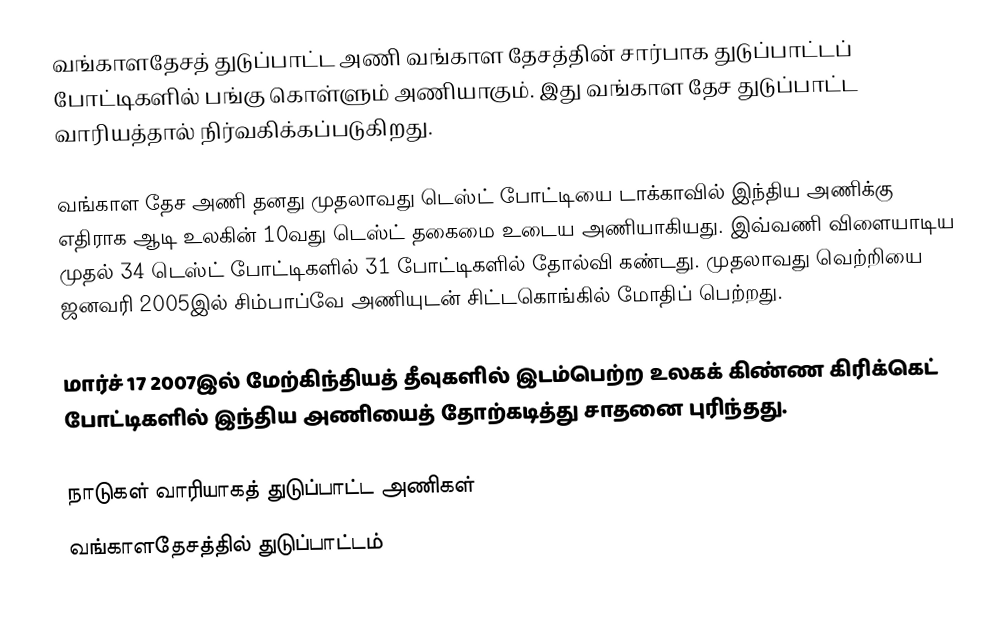
வங்காளதேசத் துடுப்பாட்ட அணி வங்காள தேசத்தின் சார்பாக துடுப்பாட்டப் போட்டிகளில் பங்கு கொள்ளும் அணியாகும். இது வங்காள தேச துடுப்பாட்ட வாரியத்தால் நிர்வகிக்கப்படுகிறது.

வங்காள தேச அணி தனது முதலாவது டெஸ்ட் போட்டியை டாக்காவில் இந்திய அணிக்கு எதிராக ஆடி உலகின் 10வது டெஸ்ட் தகைமை உடைய அணியாகியது. இவ்வணி விளையாடிய முதல் 34 டெஸ்ட் போட்டிகளில் 31 போட்டிகளில் தோல்வி கண்டது. முதலாவது வெற்றியை ஜனவரி 2005இல் சிம்பாப்வே அணியுடன் சிட்டகொங்கில் மோதிப் பெற்றது.

மார்ச் 17 2007இல் மேற்கிந்தியத் தீவுகளில் இடம்பெற்ற உலகக் கிண்ண கிரிக்கெட் போட்டிகளில் இந்திய அணியைத் தோற்கடித்து சாதனை புரிந்தது.

நாடுகள் வாரியாகத் துடுப்பாட்ட அணிகள்
வங்காளதேசத்தில் துடுப்பாட்டம்